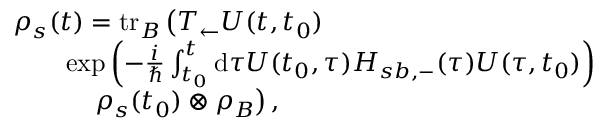
\begin{array} { r l } & { \rho _ { s } ( t ) = \mathrm { t r } _ { B } \left( T _ { \leftarrow } U ( t , t _ { 0 } ) \right. } \\ & { \qquad \mathrm { e x p } \left( - \frac { i } { \hbar } \int _ { t _ { 0 } } ^ { t } \mathrm { d } \tau U ( t _ { 0 } , \tau ) H _ { s b , - } ( \tau ) U ( \tau , t _ { 0 } ) \right) } \\ & { \qquad \quad \left. \rho _ { s } ( t _ { 0 } ) \otimes \rho _ { B } \right) , } \end{array}